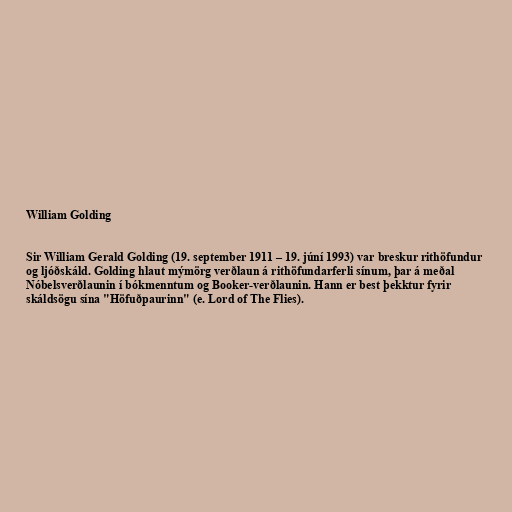
William Golding

Sir William Gerald Golding (19. september 1911 – 19. júní 1993) var breskur rithöfundur
og ljóðskáld. Golding hlaut mýmörg verðlaun á rithöfundarferli sínum, þar á meðal
Nóbelsverðlaunin í bókmenntum og Booker-verðlaunin. Hann er best þekktur fyrir
skáldsögu sína "Höfuðpaurinn" (e. Lord of The Flies).